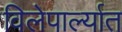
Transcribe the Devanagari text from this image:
विलेपार्ल्यात